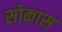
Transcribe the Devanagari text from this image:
सोकास